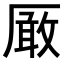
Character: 𠪚